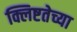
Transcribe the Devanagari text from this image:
क्लिष्टतेच्या